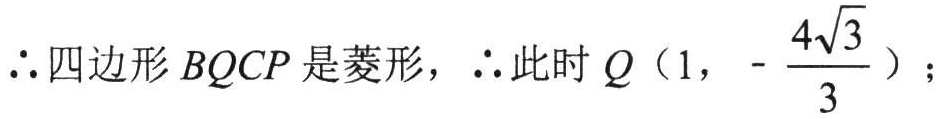
\(\therefore 四边形BQCP是菱形，\therefore 此时Q\left(1, -\dfrac{4\sqrt{3}}{3}\right);\)